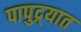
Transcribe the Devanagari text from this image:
पापुद्र्यात